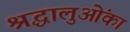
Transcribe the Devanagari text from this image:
श्रद्धालुओंका